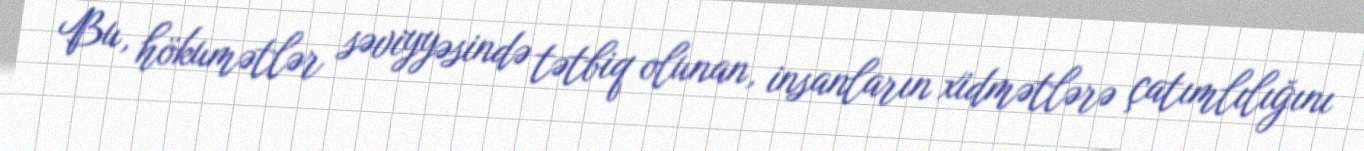
Bu, hökumətlər səviyyəsində tətbiq olunan, insanların xidmətlərə çatımlılığını